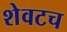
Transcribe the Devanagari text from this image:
शेवटच